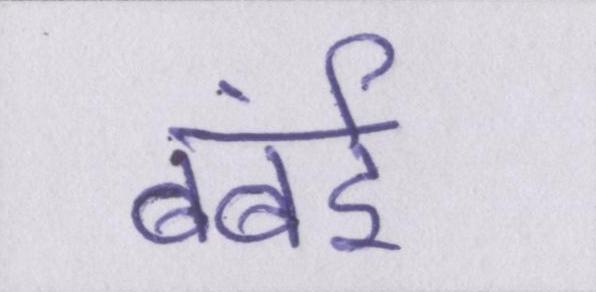
बंबई